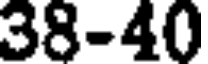
38-40